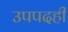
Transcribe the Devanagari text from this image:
उपपदही